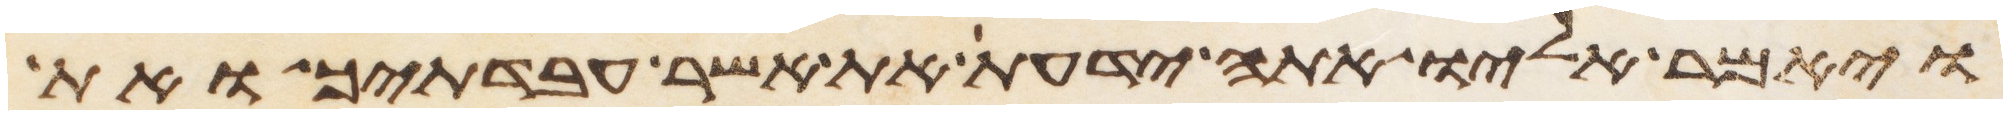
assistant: ויאמר אליו אתה ידעת את אשר עבדתיך ואת